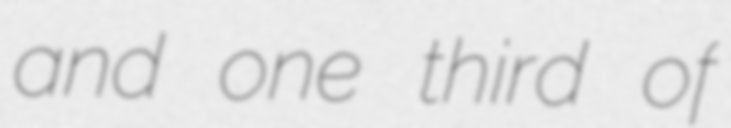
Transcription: and one third of